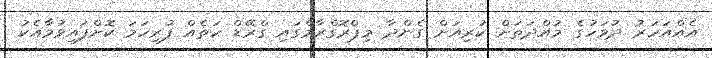
އެއްއަހަރު ދުވަހުގެ މުއްދަތަށް ކުރިއަށް ގެންދާ މިޕްރޮގްރާމްގައި ގްރޭޑް ހަތެއް ފުރިހަމަ ކޮށްފައިވުމާއެކު